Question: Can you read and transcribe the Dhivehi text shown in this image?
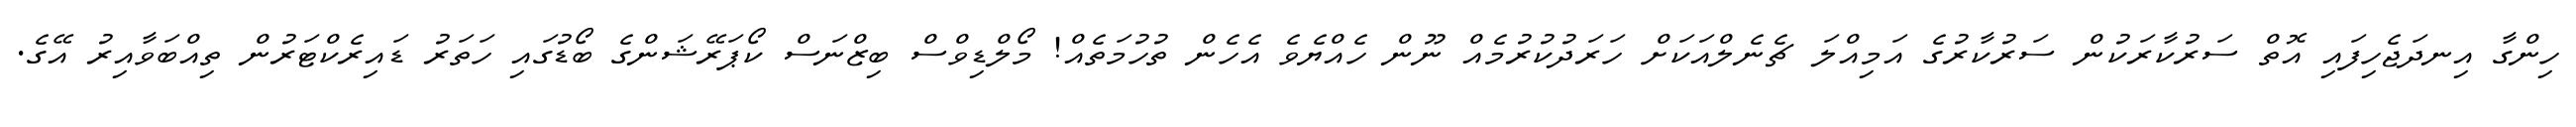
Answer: ހިންގާ އިނދަޖެހިފައި އޮތް ސަރުކާރަކުން ސަރުކާރުގެ އަމިއްލަ ޗެނެލްއަކަށް ހަރަދުކުރުމެއް ނޫން ހެއްޔެވެ އެހެން ތުހުމަތެއް! މޯލްޑިވްސް ބިޒްނަސް ކޯޕަރޭޝަންގެ ބޯޑުގައި ހަތަރު ޑައިރެކްޓަރުން ތިއްބަވާއިރު އޭގެ.